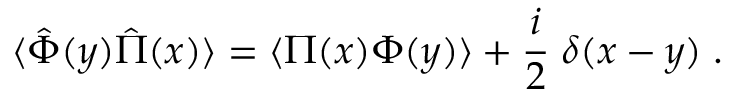
\langle \hat { \Phi } ( y ) \hat { \Pi } ( x ) \rangle = \langle \Pi ( x ) \Phi ( y ) \rangle + { \frac { i } { 2 } } \; \delta ( x - y ) \; .